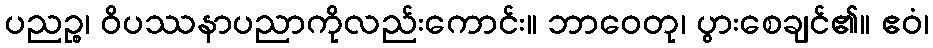
ပညဉ္စ၊ ဝိပဿနာပညာကိုလည်းကောင်း။ ဘာဝေတု၊ ပွားစေချင်၏။ ဧဝံ၊